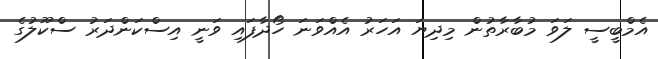
އެމްބީސީ ލަވަ މުބާރާތުން މިދިޔަ އަހަރު އެއްވަނަ ހޯދާފައި ވަނީ އިސްކަންދަރު ސްކޫލުގެ